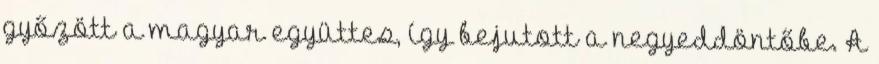
győzött a magyar együttes, így bejutott a negyeddöntőbe. A